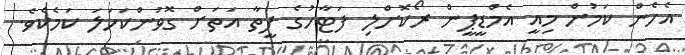
އެހެން ކަމުން މިއީ އެމްޑީޕީން ރޯކޮށްލި ފަޓާހުގެ ފީތާ އަތަށް ގޮވުންކަހަލަ ކަމެކެވެ.